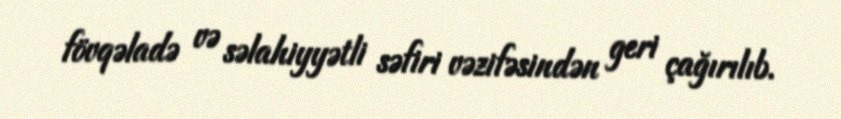
fövqəladə və səlahiyyətli səfiri vəzifəsindən geri çağırılıb.